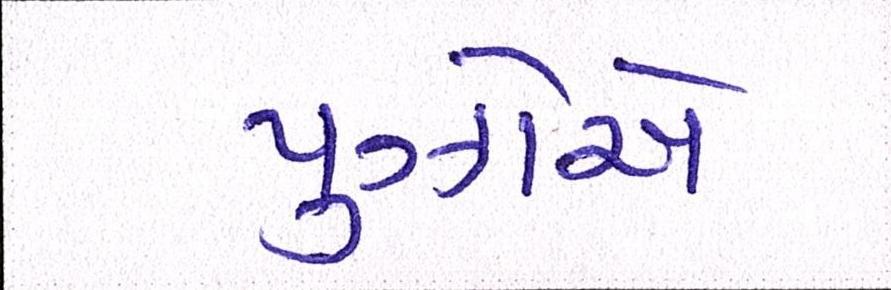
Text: પુઝોએ